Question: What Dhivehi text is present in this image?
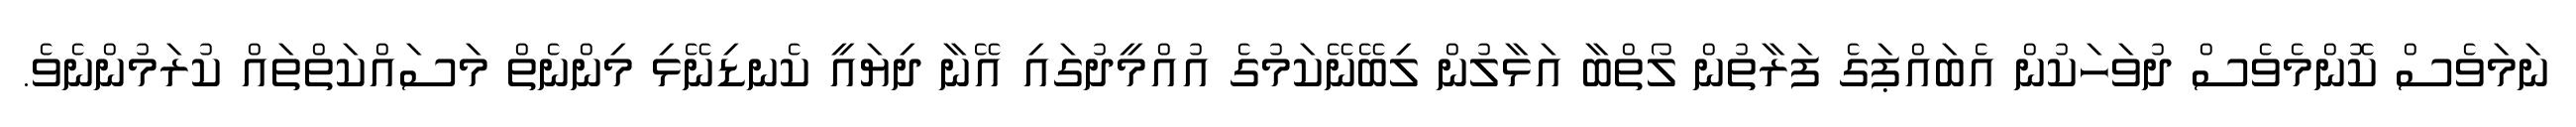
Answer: ނަމަވެސް ކޮންމެވެސް ދުވަހަކުން އެބައްޕަގެ ފަރާތުން ލޯތްބާ އަޅާލުން ލިބޭނޭކަމުގެ އުއްމީދުގައި އޭނާ ދިޔައީ ކެނޑިނޭޅި މިންނެތް މަސައްކަތްތައް ކުރަމުންނެވެ.